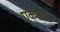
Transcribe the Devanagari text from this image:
एकेक्या